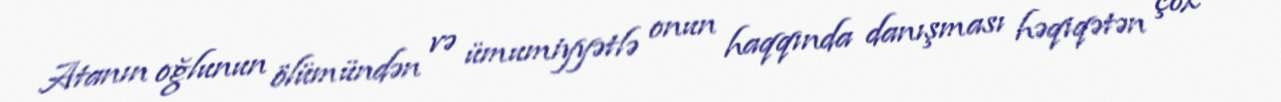
Atanın oğlunun ölümündən və ümumiyyətlə onun haqqında danışması həqiqətən çox